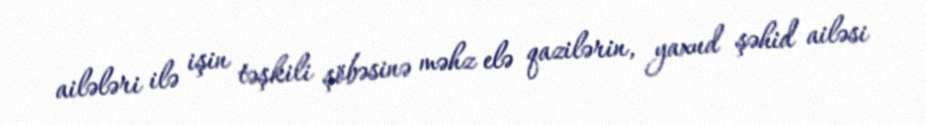
ailələri ilə işin təşkili şöbəsinə məhz elə qazilərin, yaxud şəhid ailəsi